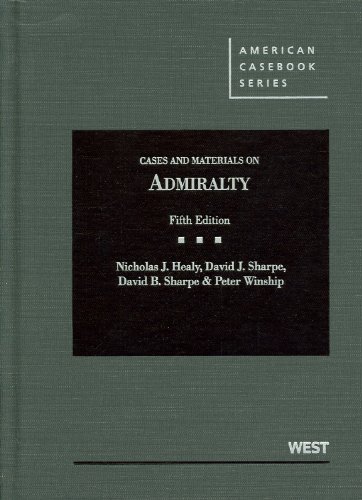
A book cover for Cases and Materials on Admiralty, 5th Edition (American Casebook); Nicholas J. Healy; Law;